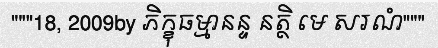
"""18, 2009by ភិក្ខុធម្មានន្ទ នត្ថិ មេ សរណំ"""